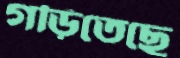
গড়িতেছে